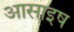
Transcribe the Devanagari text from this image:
आसाइष